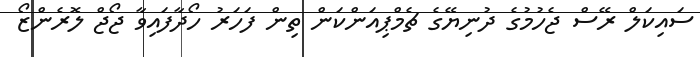
ސައިކަލް ރޭސް ޖެހުމުގެ ދުނިޔޭގެ ޗެމްޕިއަންކަން ތިން ފަހަރު ހޯދާފައިވާ ޖޯޖް ލޮރެންޒޯ